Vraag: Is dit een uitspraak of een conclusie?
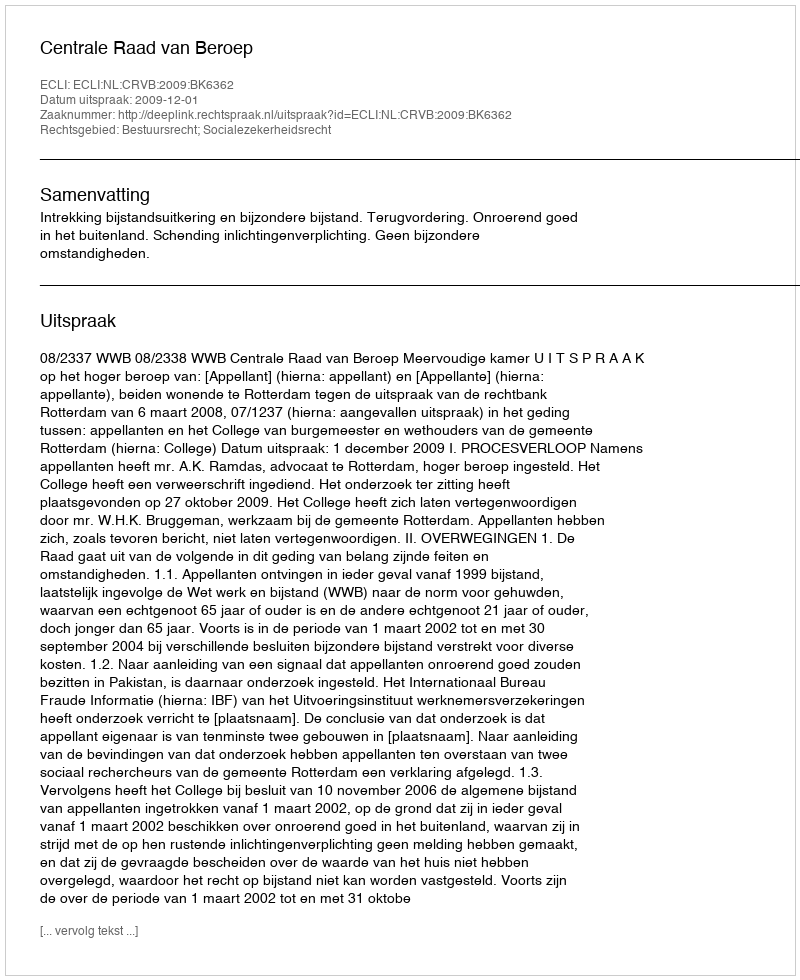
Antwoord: Uitspraak